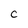
Character: C